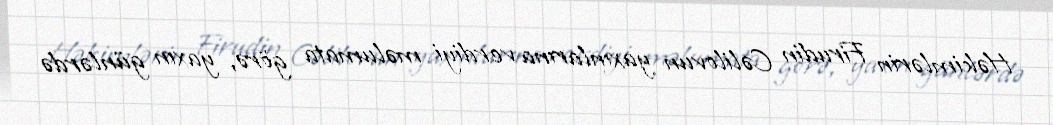
Həkimlərin Firudin Cəlilovun yaxınlarına verdiyi məlumata görə, yaxın günlərdə